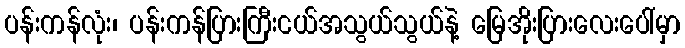
ပန်းကန်လုံး၊ ပန်းကန်ပြားကြီးငယ်အသွယ်သွယ်နဲ့ မြေအိုးပြားလေးပေါ်မှာ